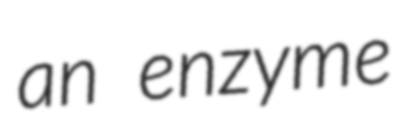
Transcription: an enzyme